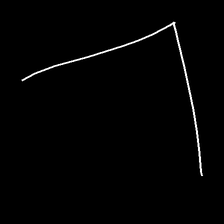
Glyph: region